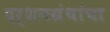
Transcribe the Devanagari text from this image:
दर्शनग्रंथांचा